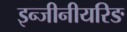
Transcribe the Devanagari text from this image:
इन्जीनीयरिङ